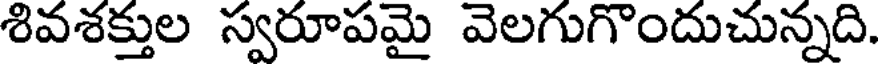
శివశక్తుల స్వరూపమై వెలగుగొందుచున్నది.